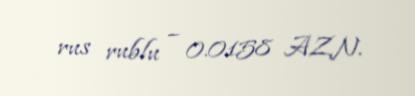
rus rublu – 0.0158 AZN.